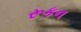
રૂકન